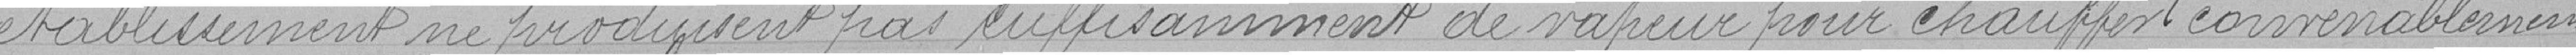
établissement ne produisent pas suffisamment de vapeur pour chauffer convenablement